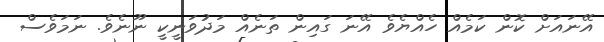
އޭނައަށް ކޮން ކަމެއް ހެއްޔެވެ އޭނަ ގައިން ތަނެއް މަދުވަނީކީ ނޫނެވެ. ނަމަވެސް